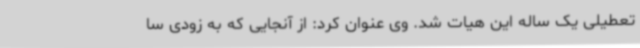
تعطیلی یک ساله این هیات شد. وی عنوان کرد: از آنجایی که به زودی سا